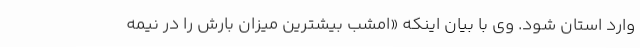
وارد استان شود. وی با بیان اینکه «امشب بیشترین میزان بارش را در نیمه